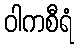
ဝါကစီရံ